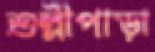
শুল্লীপাড়া